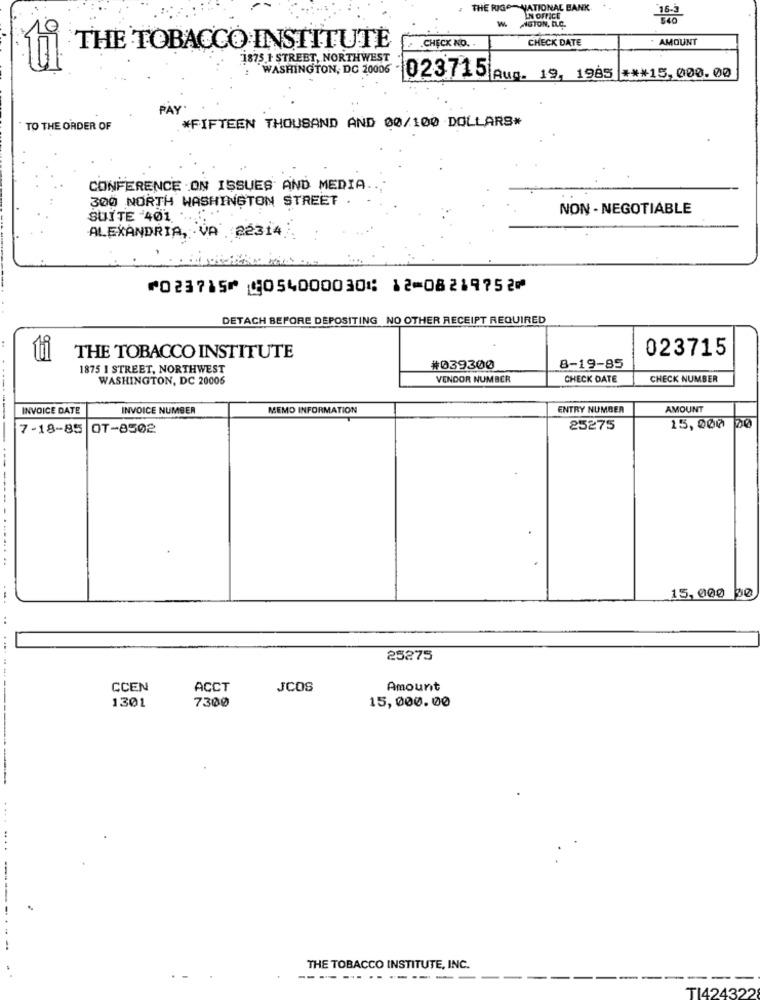
THE RIGO NATIONAL BANK
W.
IN OFFICE
NGTON, D.C.
CHECK DATE
. AMOUNT
THE TOBACCO INSTITUTE
CHECK NO. .
1875 1 STREET, NORTHWEST
ti
WASHINGTON, DC 20006 - 023715 Aus. 19, 1985 *** 15,000.00
PAY.
*FIFTEEN THOUSAND AND 00/100 DOLLARS*
TO THE ORDER OF
CONFERENCE ON ISSUES AND MEDIA
300 NORTH WASHINGTON STREET .
NON - NEGOTIABLE
SUITE 401.
ALEXANDRIA, VA 22314
⑈023715⑈ ⑆054000030⑆ 12⑉08219752⑈
DETACH BEFORE DEPOSITING NO OTHER RECEIPT REQUIRED
023715
ti
THE TOBACCO INSTITUTE
1875 1 STREET, NORTHWEST
#039300
8-19-85
WASHINGTON, DC 20006
VENDOR NUMBER
CHECK DATE
CHECK NUMBER
INVOICE DATE
INVOICE NUMBER
MEMO INFORMATION
ENTRY NUMBER
AMOUNT
7-18-85 0T-8502
25275
15,000
---
....... ..
15,000 90
25275
CCEN
ACCT
JCOS
Amount
1301
7300
15,000.00
. .. .
....
THE TOBACCO INSTITUTE, INC.
-------------
1424322